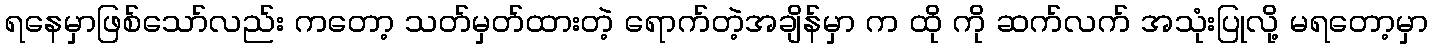
ရနေမှာဖြစ်သော်လည်း ကတော့ သတ်မှတ်ထားတဲ့ ရောက်တဲ့အချိန်မှာ က ထို ကို ဆက်လက် အသုံးပြုလို့ မရတော့မှာ